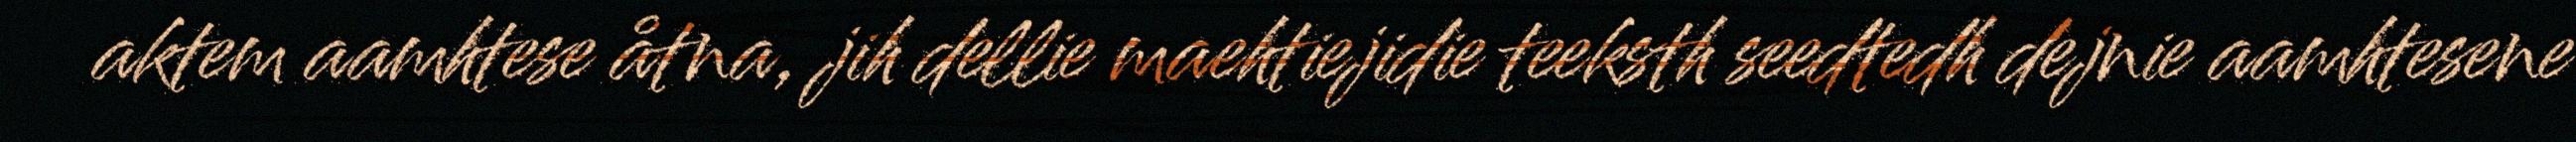
aktem aamhtese åtna, jih dellie maehtiejidie teeksth seedtedh dejnie aamhtesene